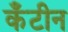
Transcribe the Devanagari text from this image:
कँटीन